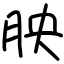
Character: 胦